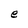
Character: e